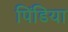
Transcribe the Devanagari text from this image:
पिंडिया